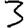
Digit: 3